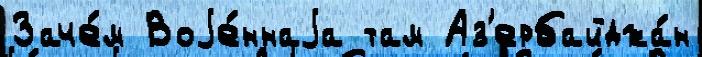
Заче́м Воjе́ннаjа там Аз'ербайджа́н